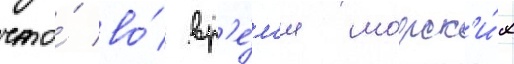
что́ во́ вр'е́м'я морск'и́х